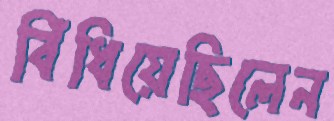
বিঁধিয়েছিলেন